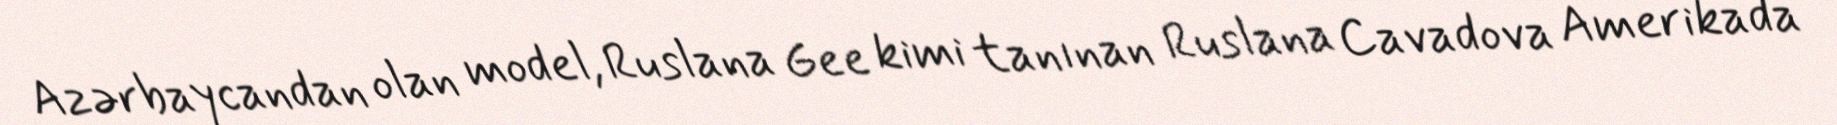
Azərbaycandan olan model, Ruslana Gee kimi tanınan Ruslana Cavadova Amerikada